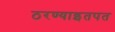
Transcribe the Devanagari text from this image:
ठरण्याइतपत